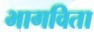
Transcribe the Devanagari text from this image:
भागविता